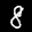
Label: 8